Indian journal of veterinary science and animal husbandry - Volumes 15-17, 1948-1951
Year: 1948
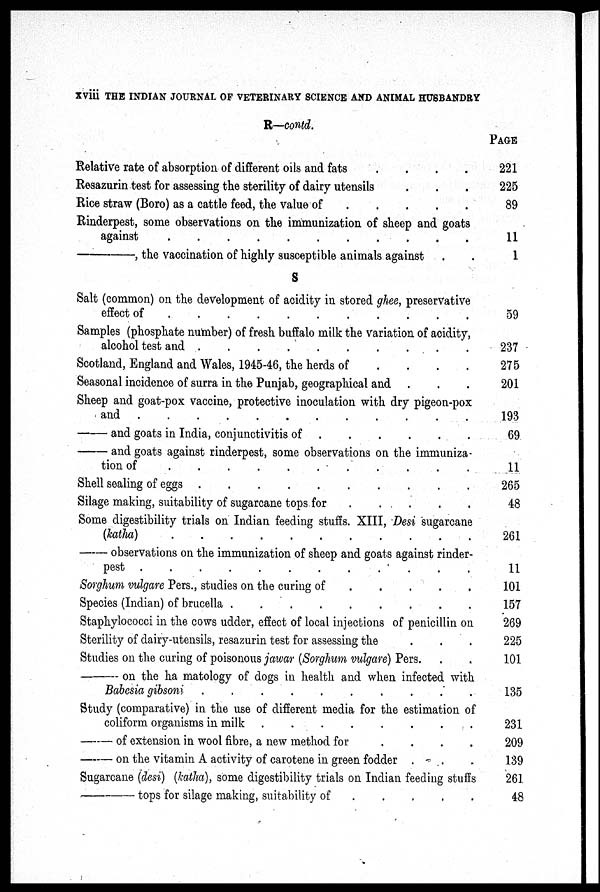
xviii THE INDIAN JOURNAL OF VETERINARY SCIENCE AND ANIMAL HUSBANDRY
R—contd.
Relative rate of absorption of different oils and fats . . . .
Resazurin test for assessing the sterility of dairy utensils . . .
Rice straw (Boro) as a cattle feed, the value of . . . . .
Rinderpest, some observations on the immunization of sheep and goats
against
.
.
.
.
.
.
.
.
.
.
.
—,
the vaccination of highly susceptible animals against . .
S
Salt (common) on the development of acidity in stored ghee, preservative
effect of
.
.
.
.
.
.
.
.
.
.
.
Samples (phosphate number) of fresh buffalo milk the variation of acidity,
alcohol test and
.
.
.
.
.
.
.
.
.
.
Scotland, England and Wales, 1945-46, the herds of . . . .
Seasonal incidence of surra in the Punjab, geographical and . . .
Sheep and goat-pox vaccine, protective inoculation with dry pigeon-pox
and
.
.
.
.
.
.
.
.
.
.
.
.
—
and goats in India, conjunctivitis of . . . . . .
—
and goats against rinderpest, some observations on the immuniza-
tion of
.
.
.
.
.
.
.
.
.
.
.
Shell sealing of eggs
.
.
.
.
.
.
.
.
.
.
Silage making, suitability of sugarcane tops for
.
.
.
.
.
Some digestibility trials on Indian feeding stuffs. XIII, Desi sugarcane
(katha)
.
.
.
.
.
.
.
.
.
.
.
— observations on the immunization of sheep and goats against rinder-
pest
.
.
.
.
.
.
.
.
.
.
.
Sorghum vulgare Pers., studies on the curing of . . . . .
Species (Indian) of brucella
.
.
.
.
.
.
.
.
.
Staphylococci in the cows udder, effect of local injections of penicillin on
Sterility of dairy-utensils, resazurin test for assessing the . . .
Studies on the curing of poisonous jawar (Sorghum vulgare) Pers. . .
—
on the ha matology of dogs in health and when infected with
Babesia gibsoni
.
.
.
.
.
.
.
.
.
.
Study (comparative) in the use of different media for the estimation of
coliform organisms in milk
.
.
.
.
.
.
.
.
—
of extension in wool fibre, a new method for
.
.
.
.
—
on the vitamin A activity of carotene in green fodder . . .
Sugarcane (desi) (katha), some digestibility trials on Indian feeding stuffs
—
tops for silage making, suitability of . . . . .
PAGE
221
225
89
11
1
59
237
275
201
193
69
11
265
48
261
11
101
157
269
225
101
135
231
209
139
261
48